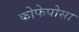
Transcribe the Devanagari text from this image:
कोफेपोसा